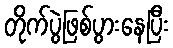
တိုက်ပွဲဖြစ်ပွားနေပြီး